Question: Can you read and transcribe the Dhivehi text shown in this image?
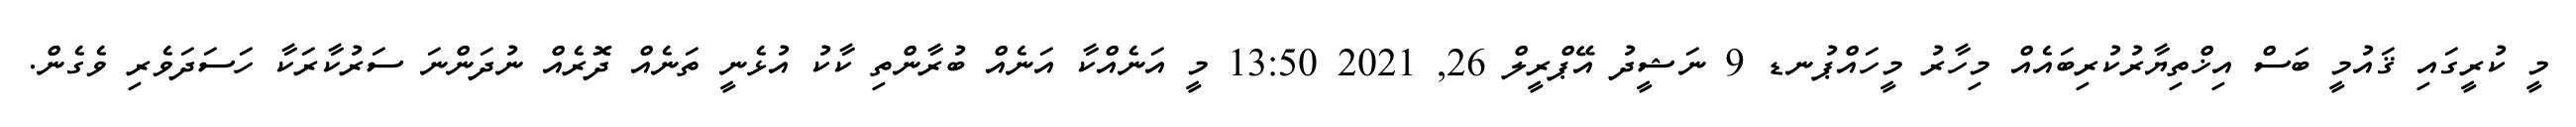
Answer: މީ ކުރީގައި ޤައުމީ ބަސް އިޚްތިޔާރުކުރިބައެއް މިހާރު މީހައްޕުނޑ 9 ނަޝީދު އޭޕްރީލް 26, 2021 13:50 މީ އަނެއްކާ އަނެއް ބުރާންތި ކާކު އުޅެނީ ތަނެއް ދޮރެއް ނުދަންނަ ސަރުކާރަކާ ހަސަދަވެރި ވެގެން.